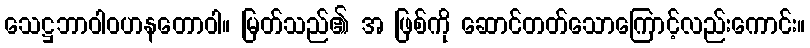
သေဋ္ဌဘာဝါဝဟနတောဝါ။ မြတ်သည်၏ အ ဖြစ်ကို ဆောင်တတ်သောကြောင့်လည်းကောင်း။